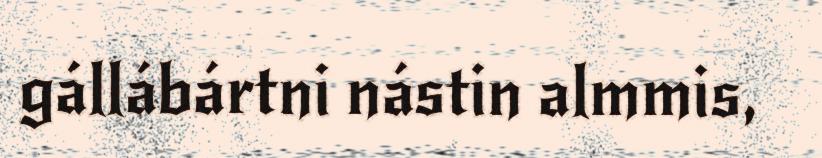
gállábártni nástin almmis,